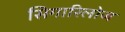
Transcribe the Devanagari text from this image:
सिगारिलोज